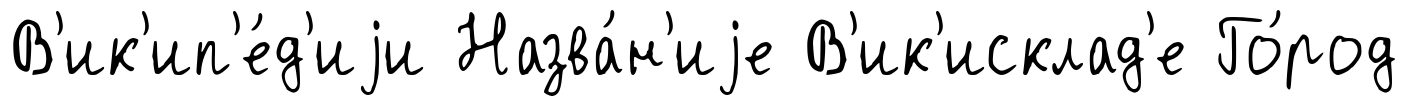
В'ик'ип'е́д'иjи Назва́н'иjе В'ик'исклад'е Го́род